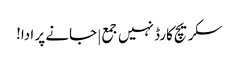
سکریچ کارڈ نہیں جمع | جانے پر ادا!